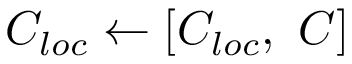
C _ { l o c } \leftarrow [ C _ { l o c } , \, \, C ]